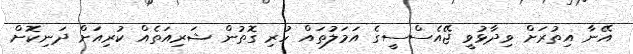
އޭނާ އިތުރަށް ވިދާޅުވީ ޖޭއެސްސީގެ އަމަލުތައް ހުރި ގޮތުން ޝަރިއަތެއް ކުރިއަށް ދަނިކޮށް